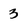
Character: 3